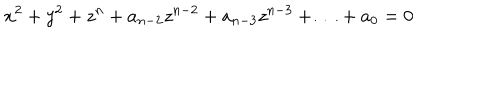
x ^ { 2 } + y ^ { 2 } + z ^ { n } + a _ { n - 2 } z ^ { n - 2 } + a _ { n - 3 } z ^ { n - 3 } + \ldots + a _ { 0 } = 0